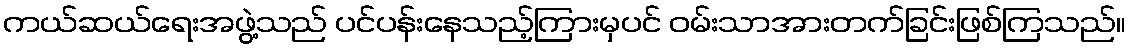
ကယ်ဆယ်ရေးအဖွဲ့သည် ပင်ပန်းနေသည့်ကြားမှပင် ဝမ်းသာအားတက်ခြင်းဖြစ်ကြသည်။